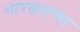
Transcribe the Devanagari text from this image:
भारतातच्या